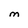
Character: M